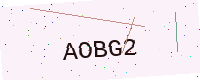
Text: AOBG2